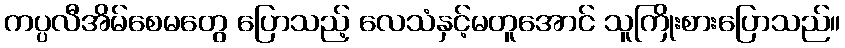
ကပ္ပလီအိမ်စေမတွေ ပြောသည့် လေသံနှင့်မတူအောင် သူကြိုးစားပြောသည်။